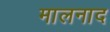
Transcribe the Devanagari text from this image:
मालनाद